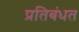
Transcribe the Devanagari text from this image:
प्रतिबंधत